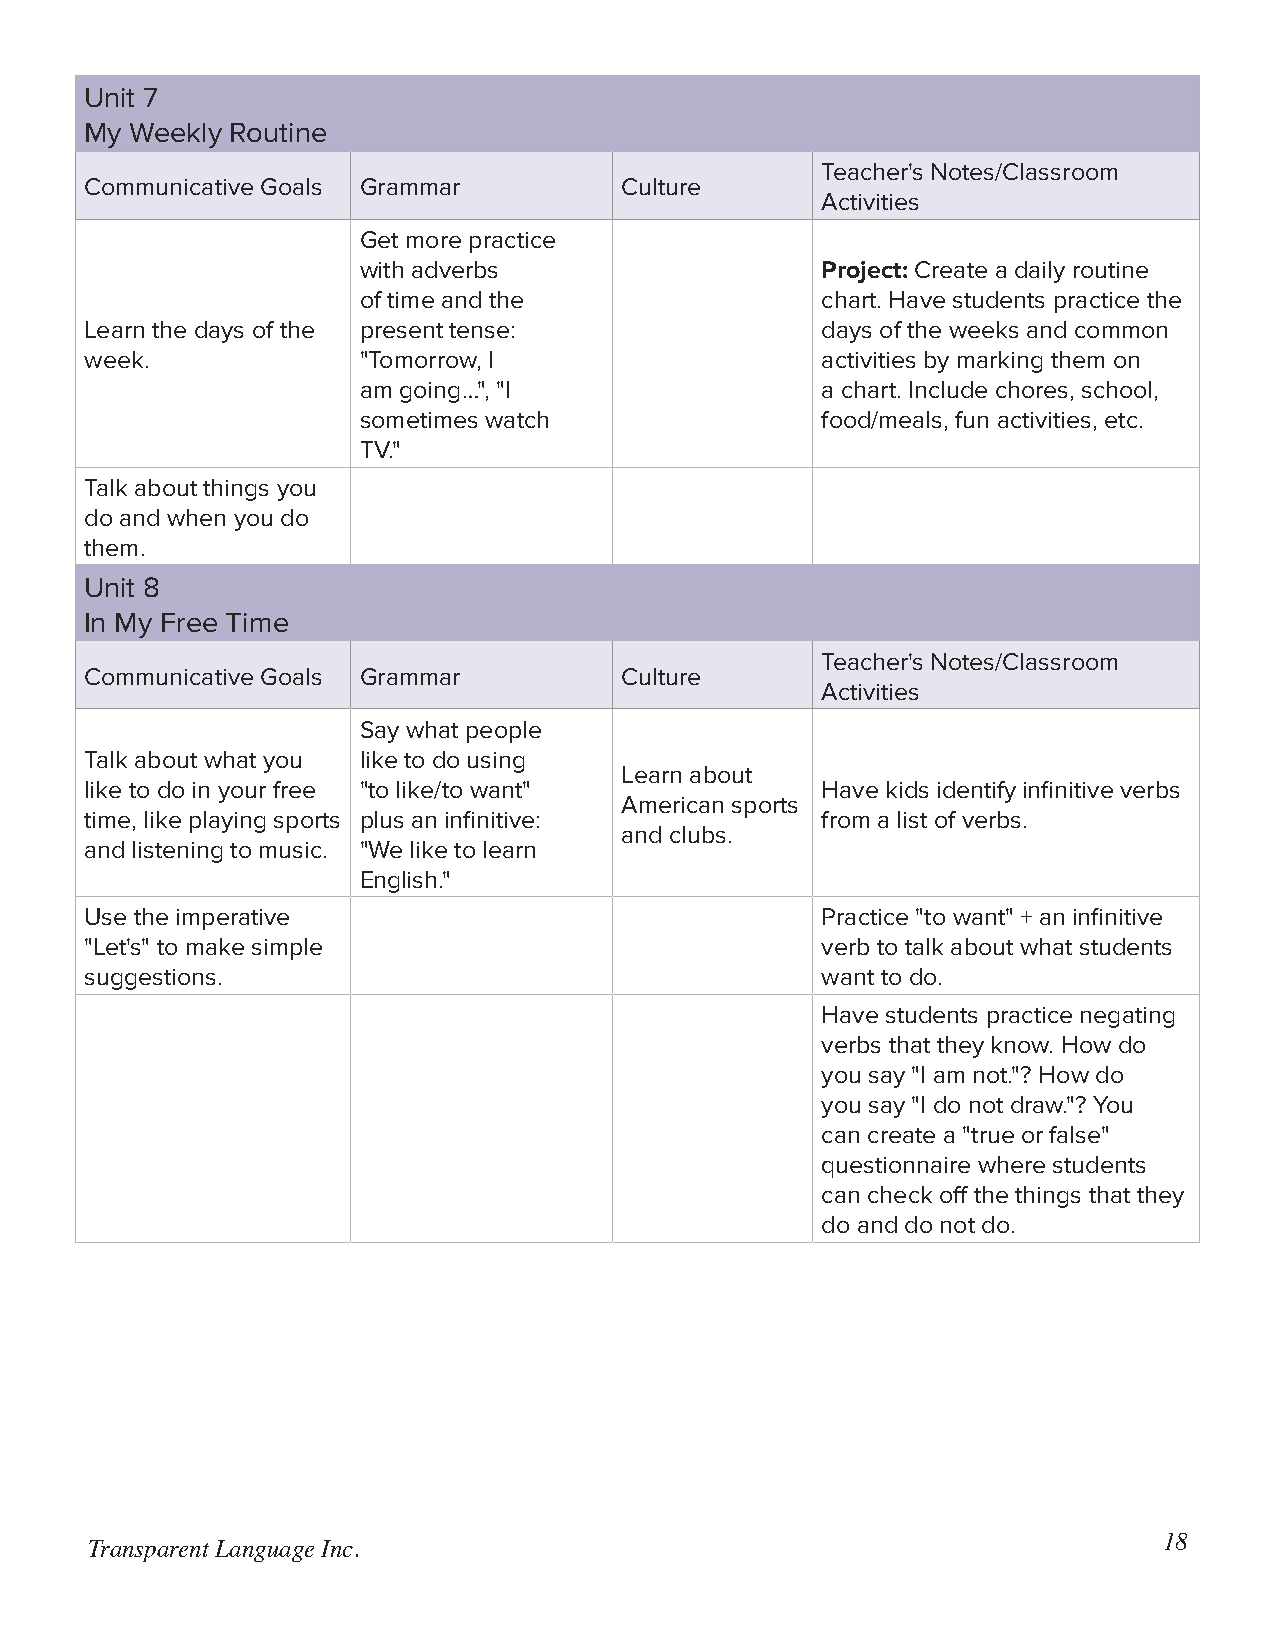
Unit 7
 My Weekly Routine
 Teacher's Notes/Classroom
 Communicative Goals Grammar        Culture
 Activities
 Get more practice
 with adverbs                  Project: Create a daily routine
 of time and the               chart. Have students practice the
 Learn the days of the present tense:            days of the weeks and common
 week.             "Tomorrow, I                  activities by marking them on
 am going…", "I                a chart. Include chores, school,
 sometimes watch               food/meals, fun activities, etc.
 TV."
 Talk about things you
 do and when you do
 them.
 Unit 8
 In My Free Time
 Teacher's Notes/Classroom
 Communicative Goals Grammar        Culture
 Activities
 Say what people
 Talk about what you like to do using
 Learn about
 like to do in your free "to like/to want"       Have kids identify infinitive verbs
 American sports
 time, like playing sports plus an infinitive:   from a list of verbs.
 and clubs.
 and listening to music. "We like to learn
 English."
 Use the imperative                              Practice "to want" + an infinitive
 "Let's" to make simple                          verb to talk about what students
 suggestions.                                    want to do.
 Have students practice negating
 verbs that they know. How do
 you say "I am not."? How do
 you say "I do not draw."? You
 can create a "true or false"
 questionnaire where students
 can check off the things that they
 do and do not do.
 18
 Transparent Language Inc.